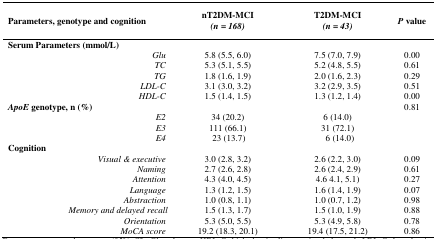
<table><thead><tr><td><b>Parameters, genotype and cognition</b></td><td><b>nT2DM-MCI<i>(n = 168)</i></b></td><td><b>T2DM-MCI<i>(n = 43)</i></b></td><td><b><i>P</i> value</b></td></tr></thead><tbody><tr><td>Serum Parameters (mmol/L)</td><td></td><td></td><td></td></tr><tr><td><i>Glu</i></td><td>5.8 (5.5, 6.0)</td><td>7.5 (7.0, 7.9)</td><td>0.00</td></tr><tr><td><i>TC</i></td><td>5.3 (5.1, 5.5)</td><td>5.2 (4.8, 5.5)</td><td>0.61</td></tr><tr><td><i>TG</i></td><td>1.8 (1.6, 1.9)</td><td>2.0 (1.6, 2.3)</td><td>0.29</td></tr><tr><td><i>LDL-C</i></td><td>3.1 (3.0, 3.2)</td><td>3.2 (2.9, 3.5)</td><td>0.51</td></tr><tr><td><i>HDL-C</i></td><td>1.5 (1.4, 1.5)</td><td>1.3 (1.2, 1.4)</td><td>0.00</td></tr><tr><td><i>ApoE</i> genotype, n (%)</td><td></td><td></td><td>0.81</td></tr><tr><td><i>E2</i></td><td>34 (20.2)</td><td>6 (14.0)</td><td></td></tr><tr><td><i>E3</i></td><td>111 (66.1)</td><td>31 (72.1)</td><td></td></tr><tr><td><i>E4</i></td><td>23 (13.7)</td><td>6 (14.0)</td><td></td></tr><tr><td>Cognition</td><td></td><td></td><td></td></tr><tr><td><i>Visual &amp; executive</i></td><td>3.0 (2.8, 3.2)</td><td>2.6 (2.2, 3.0)</td><td>0.09</td></tr><tr><td><i>Naming</i></td><td>2.7 (2.6, 2.8)</td><td>2.6 (2.4, 2.9)</td><td>0.61</td></tr><tr><td><i>Attention</i></td><td>4.3 (4.0, 4.5)</td><td>4.6 4.1, 5.1)</td><td>0.27</td></tr><tr><td><i>Language</i></td><td>1.3 (1.2, 1.5)</td><td>1.6 (1.4, 1.9)</td><td>0.07</td></tr><tr><td><i>Abstraction</i></td><td>1.0 (0.8, 1.1)</td><td>1.0 (0.7, 1.2)</td><td>0.98</td></tr><tr><td><i>Memory and delayed recall</i></td><td>1.5 (1.3, 1.7)</td><td>1.5 (1.0, 1.9)</td><td>0.88</td></tr><tr><td><i>Orientation</i></td><td>5.3 (5.0, 5.5)</td><td>5.3 (4.9, 5.8)</td><td>0.78</td></tr><tr><td><i>MoCA score</i></td><td>19.2 (18.3, 20.1)</td><td>19.4 (17.5, 21.2)</td><td>0.86</td></tr></tbody></table>